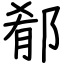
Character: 郩